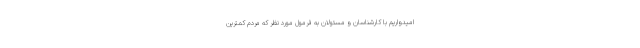
امیدواریم با کارشناسان و مسئولان به فرمول مورد نظر که مردم کمترین